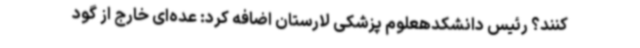
کنند؟ رئیس دانشکدهعلوم پزشکی لارستان اضافه کرد: عده‌ای خارج از گود